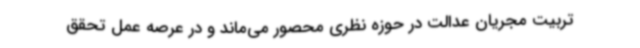
تربیت مجریان عدالت در حوزه نظری محصور می‌ماند و در عرصه عمل تحقق